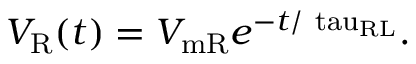
V _ { \mathrm { { R } } } ( t ) = V _ { \mathrm { { m R } } } e ^ { - t / \mathrm { { \ t a u _ { R L } } } } .